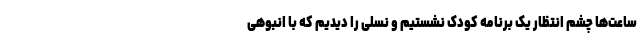
ساعت‌ها چشم انتظار یک برنامه کودک نشستیم و نسلی را دیدیم که با انبوهی